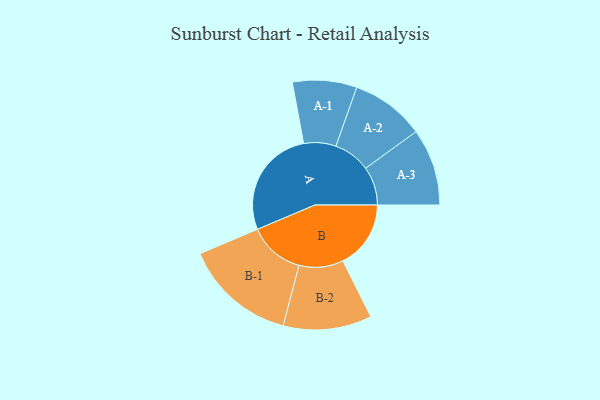
{"axis": {"x": "Segment", "y": "Value"}, "legend": ["", "A", "B"], "data": [{"x": "A", "y": 478, "type": ""}, {"x": "B", "y": 296, "type": ""}, {"x": "A-1", "y": 140, "type": "A"}, {"x": "A-2", "y": 161, "type": "A"}, {"x": "A-3", "y": 168, "type": "A"}, {"x": "B-1", "y": 244, "type": "B"}, {"x": "B-2", "y": 193, "type": "B"}]}